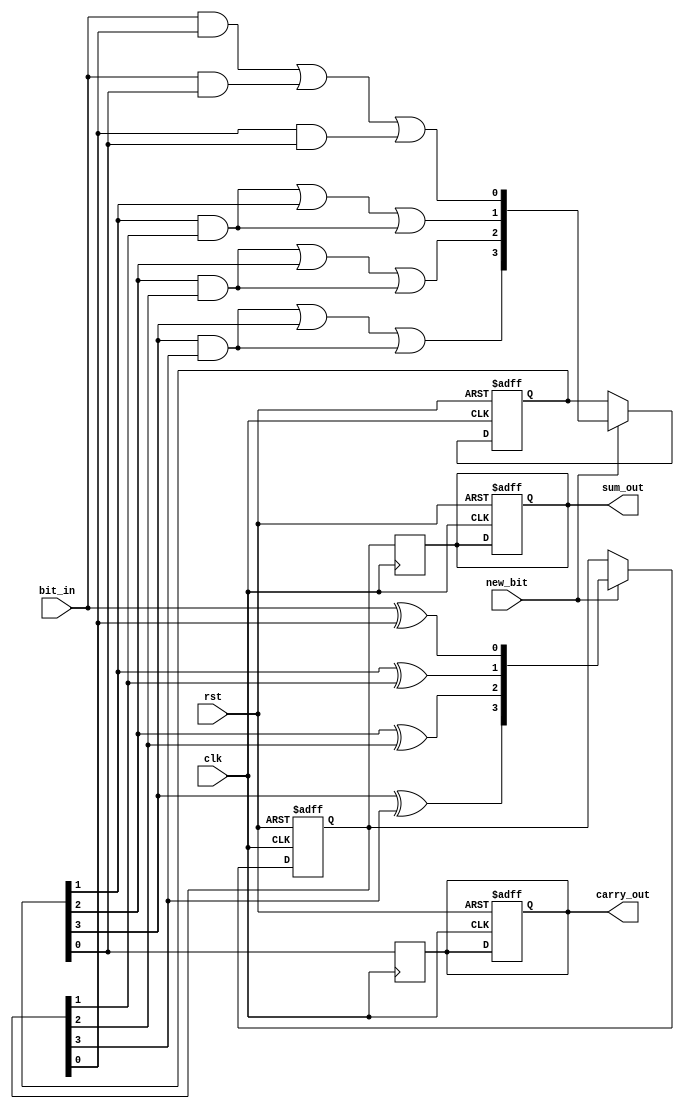
module CarrySaveAdder (
    input wire clk,          // Clock signal
    input wire rst,          // Reset signal
    input wire new_bit,      // Input to indicate new bit
    input wire bit_in,       // Incoming bit to be added
    output reg [3:0] sum_out,  // Output sum
    output reg carry_out      // Output carry
);

    // Internal signals
    reg [3:0] sum;          // Intermediate sum
    reg [3:0] carry;        // Intermediate carry

    // Full adder logic
    wire [3:0] A;          // Inputs for full adder
    wire [3:0] B;          // Inputs for full adder
    wire [3:0] S;          // Output sum from full adder
    wire [3:0] C;          // Output carry from full adder

    assign A = {carry[3:1], bit_in}; // Incoming bit as LSB and carry bits
    assign B = sum;                  // Current sum 

    // Full Adder Module
    generate
        genvar i;
        for (i = 0; i < 4; i = i + 1) begin: full_adder
            assign S[i] = A[i] ^ B[i];                // Sum
            assign C[i] = (A[i] & B[i]) | (A[i] & carry[i]) | (B[i] & carry[i]); // Carry
        end
    endgenerate

    // State machine to control input processing
    always @(posedge clk or posedge rst) begin
        if (rst) begin
            sum <= 4'b0000; // Reset sum
            carry <= 4'b0000; // Reset carry
            sum_out <= 4'b0000; // Reset output
            carry_out <= 1'b0; // Reset output carry
        end else if (new_bit) begin
            sum <= S; // Update sum with new sum from full adders
            carry <= C; // Update carry with new carry from full adders
        end
    end

    // Final Output Logic
    always @(posedge clk) begin
        sum_out <= sum; // Assign internal sum to output
        carry_out <= carry[0]; // Keep the least significant carry
    end

endmodule